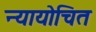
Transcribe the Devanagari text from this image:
न्‍यायोचित